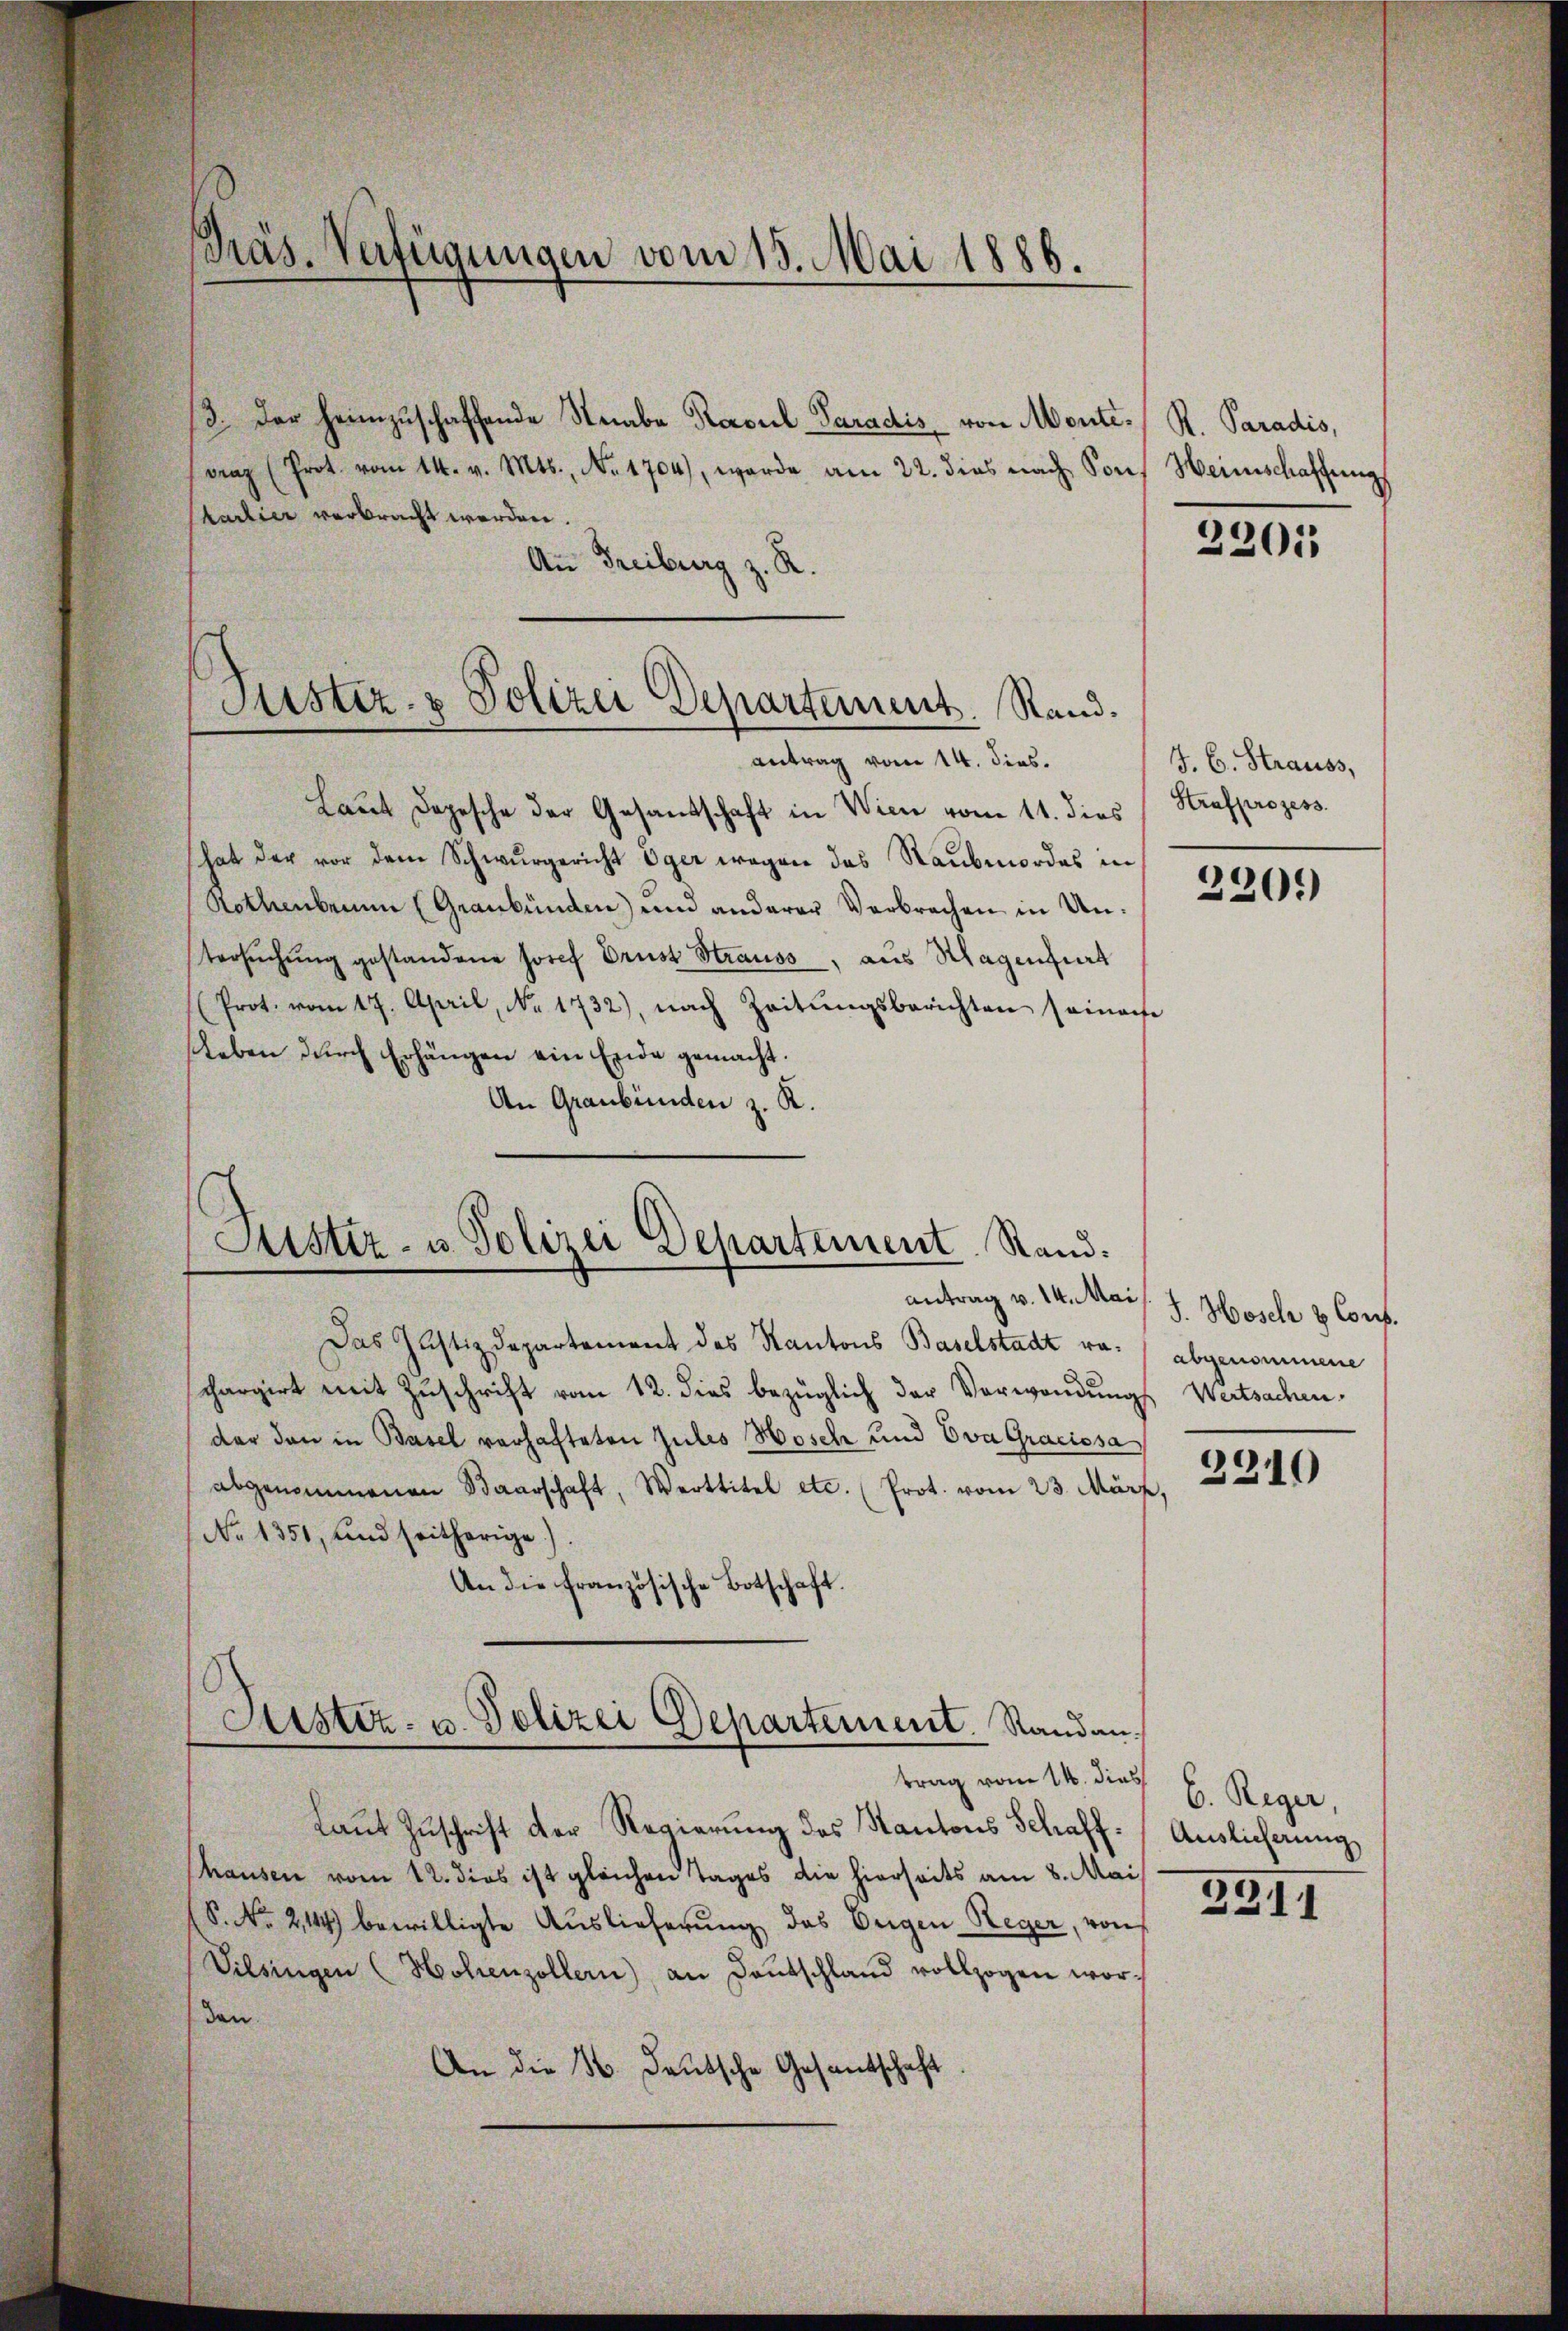
Präs. Verfügungen vom 15. Mai 1886.

3. Der heimzuschaffende Knabe Resul-Paradis von Monte R. Paradis,
raz (Prot. vom 14. v. Mts., Nr. 1704), werde am 22. dies nach Son
Chartier verbracht werden.
An Freiburg z. R.

Justiz- & Polizei Departement. Rand.
antrag vom 14. dies.

Laut dopesche der Gesandschaft in Wien vom 11. dies
hat der vor dem Schwurgericht Oger wegen das Raubmordes in
Rothenbern (Graubünden) und anderer Verbrechen in Untersŭchŭng gestandene Josef Drust Strauss, aus Magenfurt
(Prot. vom 17. April, No. 1732), nach Zeitŭngsberichten seinahe
sleben durch Erhängen ein Ende gemacht.
An Graubünden z. R.
antrag v. 14. Mai
Das Justizdepartement des Kantons Baselstadt ra- abgenommene
schargirt mit Zuschrift vom 12. dies bezüglich der Verwendungs Wertsachen,
der den in Basel verhafteten Gutes Hosch und Ova Graciosa
abgenommenen Baarschaft, Werttitel etc. (Prot. vom 23. März,
No 1351, und seitherige)
An die französische Botschaft.
Justiz- u. Polizei Departement. Randan
trag vom 14. dies
Laut Zuschrift der Regierung des Kantons Schaffhausen vom 12. dies ist gleichen Tages die hierseits am 8. Mai
S. No. 2144) bewilligte Auslieferung des Origen Reger, von
Vilsingen (Hohenzollern) an Dantschland vollzogen wor¬

Justiz- u. Polizei Departement. Stand.

Weinschaffung

den
An die N. Deutsche Gesantschaft.

2201

J. C. Strauss,
Strafprozess

2209)

J. Hosch & Cons.

2210

C. Reger,
Auslicherung

3911